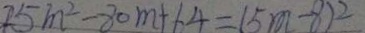
2 5 m ^ { 2 } - 8 0 m + 6 4 = ( 5 m - 8 ) ^ { 2 }